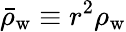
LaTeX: \bar{\rho}_{\mathrm{w}}\equiv r^{2}\rho_{\mathrm{w}}